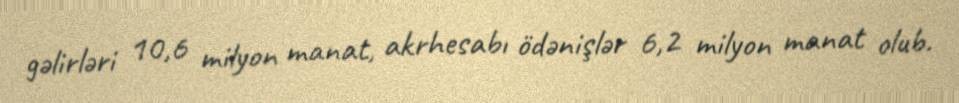
gəlirləri 10,6 milyon manat, akrhesabı ödənişlər 6,2 milyon manat olub.